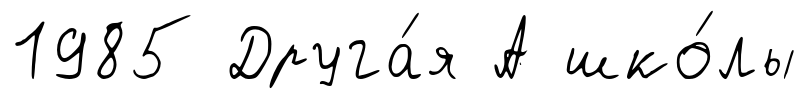
1985 Друга́я А шко́лы